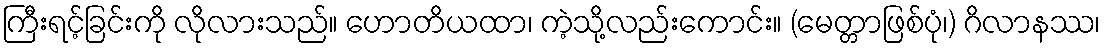
ကြီးရင့်ခြင်းကို လိုလားသည်။ ဟောတိယထာ၊ ကဲ့သို့လည်းကောင်း။ (မေတ္တာဖြစ်ပုံ၊) ဂိလာနဿ၊